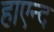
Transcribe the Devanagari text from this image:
हाएन्द